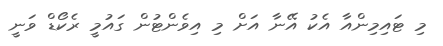
މި ޓައިމިންއާ އެކު އޭނާ އަށް މި އިވެންޓުން ގައުމީ ރެކޯޑް ވަނީ